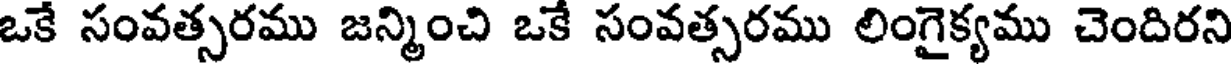
ఒకే సంవత్సరము జన్మించి ఒకే సంవత్సరము లింగైక్యము చెందిరని